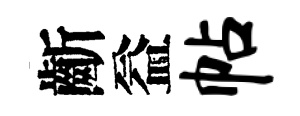
齗益帖